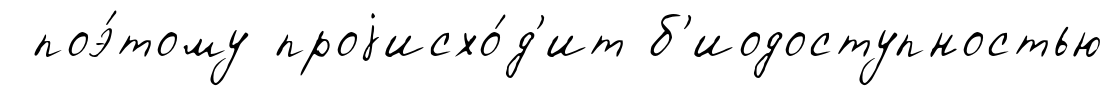
поэ́тому проjисхо́д'ит б'иодоступностью